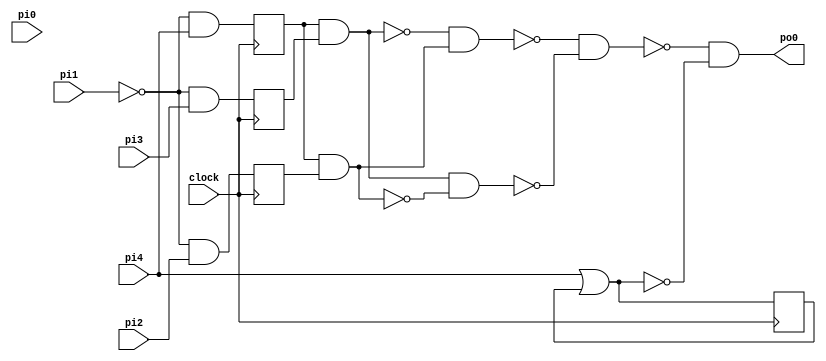
// Benchmark "noninterference" written by ABC on Mon May  6 16:13:22 2024

module noninterference ( clock, 
    pi0, pi1, pi2, pi3, pi4,
    po0  );
  input  clock;
  input  pi0, pi1, pi2, pi3, pi4;
  output po0;
  reg lo0, lo1, lo2, lo3, lo4;
  wire new_n22, new_n23, new_n24, new_n25, new_n26, li0, li1, li2, li3, li4;
  assign new_n22 = lo0 & lo2;
  assign new_n23 = lo1 & lo3;
  assign new_n24 = ~new_n22 & new_n23;
  assign new_n25 = new_n22 & ~new_n23;
  assign new_n26 = ~new_n24 & ~new_n25;
  assign li4 = pi4 | lo4;
  assign po0 = ~new_n26 & ~li4;
  assign li0 = ~pi1 & pi4;
  assign li2 = ~pi1 & pi3;
  assign li3 = ~pi1 & pi2;
  assign li1 = li0;
  always @ (posedge clock) begin
    lo0 <= li0;
    lo1 <= li1;
    lo2 <= li2;
    lo3 <= li3;
    lo4 <= li4;
  end
  initial begin
    lo0 <= 1'b0;
    lo1 <= 1'b0;
    lo2 <= 1'b0;
    lo3 <= 1'b0;
    lo4 <= 1'b0;
  end
endmodule